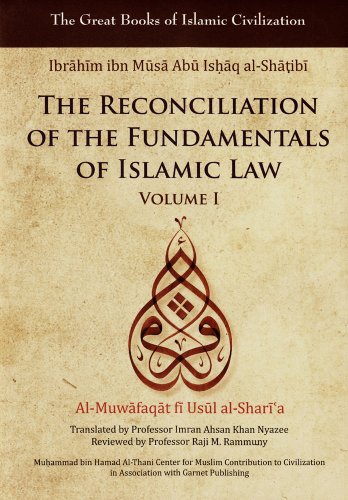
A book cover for The Reconciliation of the Fundamentals of Islamic Law: Al-Muwafaqat fi Usul al-Shari'a, Volume I (Great Books of Islamic Civilization); Ibrahim Ibn Al-Shatibi; Religion & Spirituality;